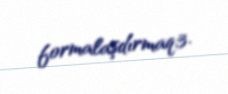
formalaşdırmaq;3.